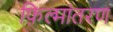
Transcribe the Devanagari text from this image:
फ़िल्मांतरण